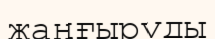
жаңғыруды